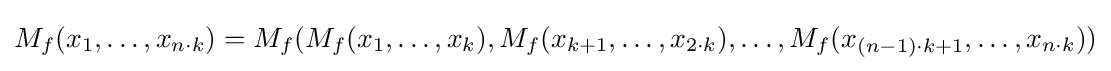
M_{f}(x_{1},\dots ,x_{n\cdot k})=M_{f}(M_{f}(x_{1},\dots ,x_{k}),M_{f}(x_{k+1},\dots ,x_{2\cdot k}),\dots ,M_{f}(x_{(n-1)\cdot k+1},\dots ,x_{n\cdot k}))